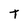
Character: t